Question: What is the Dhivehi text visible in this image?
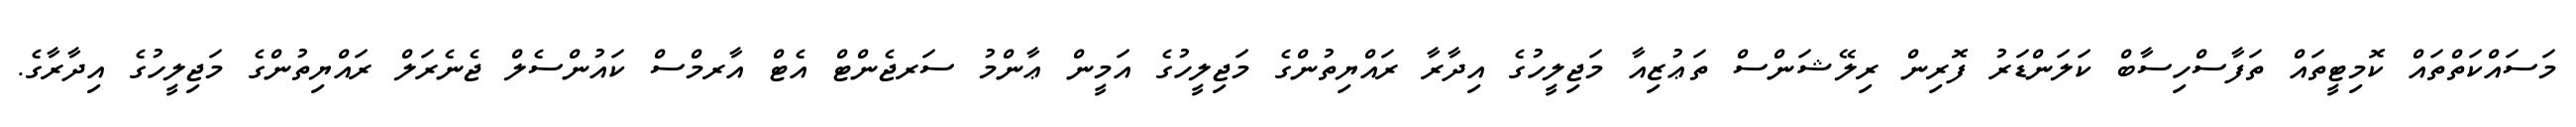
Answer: މަސައްކަތްތައް ކޮމިޓީތައް ތަފާސްހިސާބް ކަލަންޑަރު ފޮރިން ރިލޭޝަންސް ތަޢުޒިއާ މަޖިލީހުގެ އިދާރާ ރައްޔިތުންގެ މަޖިލީހުގެ އަމީން ޢާންމު ސަރޖެންޓް އެޓް އާރމްސް ކައުންސެލް ޖެނެރަލް ރައްޔިތުންގެ މަޖިލީހުގެ އިދާރާގެ.